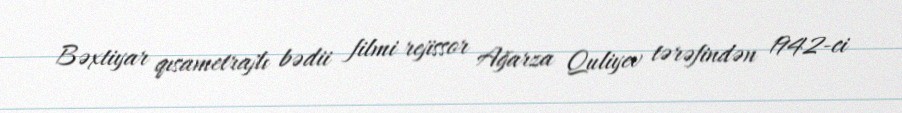
Bəxtiyar qısametrajlı bədii filmi rejissor Ağarza Quliyev tərəfindən 1942-ci